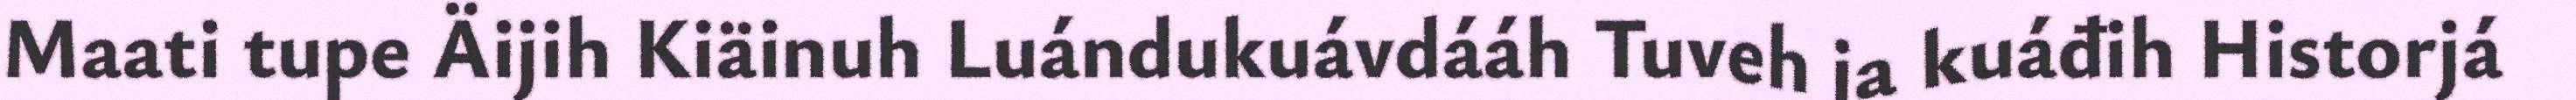
Maati tupe Äijih Kiäinuh Luándukuávdááh Tuveh ja kuáđih Historjá